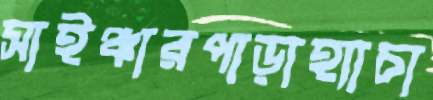
সাইঞ্চারপাড়াহ্যাচা